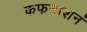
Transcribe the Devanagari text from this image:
कफनाशनं